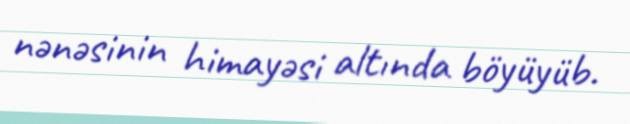
nənəsinin himayəsi altında böyüyüb.